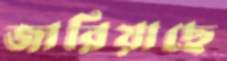
জারিয়াছে